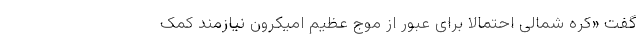
گفت «کره شمالی احتمالا برای عبور از موج عظیم اُمیکرون نیازمند کمک